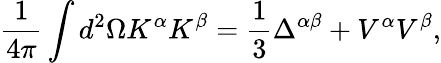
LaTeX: \frac{1}{4\pi}\int d^{2}\Omega K^{\alpha}K^{\beta}=\frac{1}{3}\Delta^{\alpha\beta}+V^{\alpha}V^{\beta},